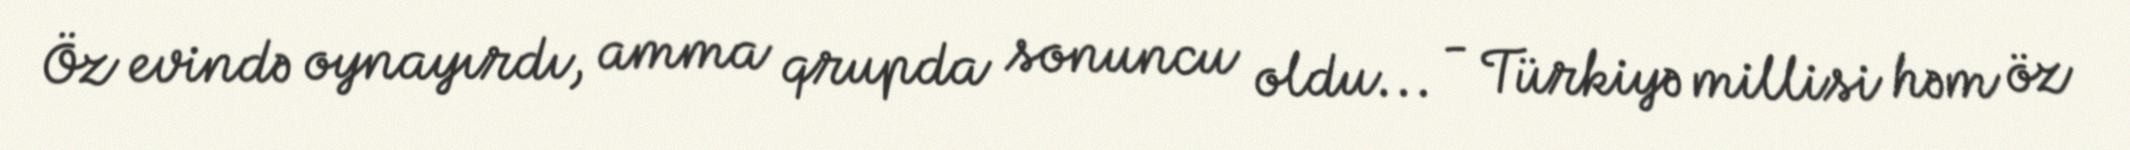
Öz evində oynayırdı, amma qrupda sonuncu oldu... - Türkiyə millisi həm öz